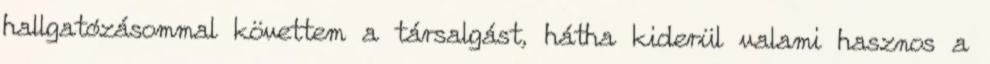
hallgatózásommal követtem a társalgást, hátha kiderül valami hasznos a